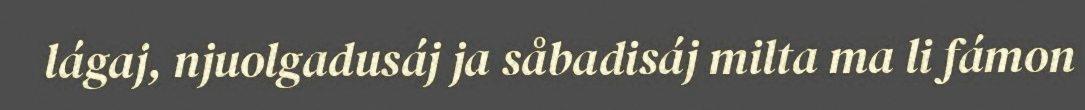
lágaj, njuolgadusáj ja såbadisáj milta ma li fámon